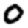
Digit: 0